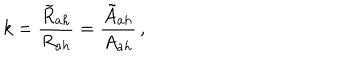
LaTeX: k = \frac { { \tilde { R } } _ { a h } } { R _ { a h } } = \frac { { \tilde { A } } _ { a h } } { A _ { a h } } \, ,